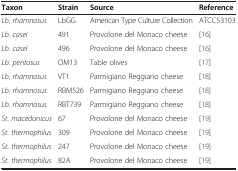
<table><thead><tr><td><b>Taxon</b></td><td><b>Strain</b></td><td><b>Source</b></td><td><b>Reference</b></td></tr></thead><tbody><tr><td><i>Lb. rhamnosus</i></td><td>LbGG</td><td>American Type Culture Collection</td><td>ATCC53103</td></tr><tr><td><i>Lb. casei</i></td><td>491</td><td>Provolone del Monaco cheese</td><td>[16]</td></tr><tr><td><i>Lb. casei</i></td><td>496</td><td>Provolone del Monaco cheese</td><td>[16]</td></tr><tr><td><i>Lb. pentosus</i></td><td>OM13</td><td>Table olives</td><td>[17]</td></tr><tr><td><i>Lb. rhamnosus</i></td><td>VT1</td><td>Parmigiano Reggiano cheese</td><td>[18]</td></tr><tr><td><i>Lb. rhamnosus</i></td><td>RBM526</td><td>Parmigiano Reggiano cheese</td><td>[18]</td></tr><tr><td><i>Lb. rhamnosus</i></td><td>RBT739</td><td>Parmigiano Reggiano cheese</td><td>[18]</td></tr><tr><td><i>St. macedonicus</i></td><td>67</td><td>Provolone del Monaco cheese</td><td>[19]</td></tr><tr><td><i>St. thermophilus</i></td><td>309</td><td>Provolone del Monaco cheese</td><td>[19]</td></tr><tr><td><i>St. thermophilus</i></td><td>247</td><td>Provolone del Monaco cheese</td><td>[19]</td></tr><tr><td><i>St. thermophilus</i></td><td>82A</td><td>Provolone del Monaco cheese</td><td>[19]</td></tr></tbody></table>